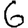
Digit: 6